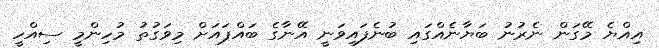
އިއްޔެ މޭގަން ނެރުނު ބަޔާނެއްގައި ބުނެފައިވަނީ އޭނާގެ ބައްޕައަށް މިވަގުތު މުހިންމީ ސިއްހީ